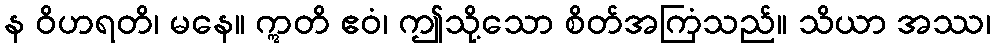
န ဝိဟရတိ၊ မနေ။ ဣတိ ဧဝံ၊ ဤသို့သော စိတ်အကြံသည်။ သိယာ အဿ၊